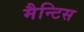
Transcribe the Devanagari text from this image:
मैन्टिस